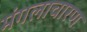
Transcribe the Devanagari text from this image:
मंगलाचारण